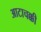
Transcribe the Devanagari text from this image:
आटाचक्की